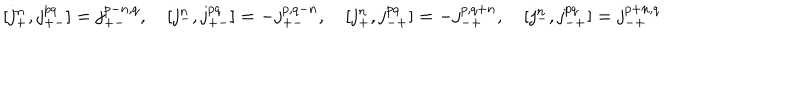
[ j _ { + } ^ { n } , j _ { + - } ^ { p q } ] = j _ { + - } ^ { p - n , q } , \quad [ j _ { - } ^ { n } , j _ { + - } ^ { p q } ] = - j _ { + - } ^ { p , q - n } , \quad [ j _ { + } ^ { n } , j _ { - + } ^ { p q } ] = - j _ { - + } ^ { p , q + n } , \quad [ j _ { - } ^ { n } , j _ { - + } ^ { p q } ] = j _ { - + } ^ { p + n , q }